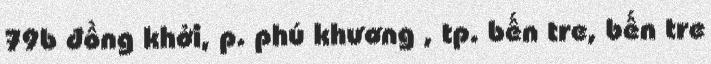
79b đồng khởi, p. phú khương , tp. bến tre, bến tre